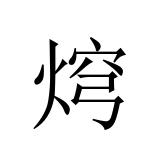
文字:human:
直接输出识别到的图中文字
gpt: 焪